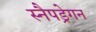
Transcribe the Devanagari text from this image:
स्नैपड्रेगन